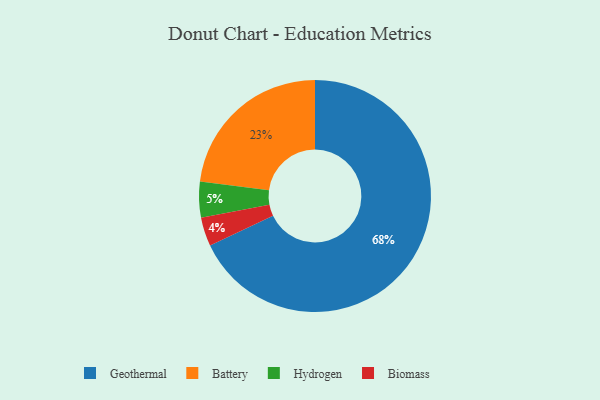
{"axis": {"x": "Category", "y": "Percentage"}, "legend": ["Battery", "Biomass", "Geothermal", "Hydrogen"], "data": [{"x": "Battery", "y": 23, "type": "Battery"}, {"x": "Geothermal", "y": 68, "type": "Geothermal"}, {"x": "Hydrogen", "y": 5, "type": "Hydrogen"}, {"x": "Biomass", "y": 4, "type": "Biomass"}]}